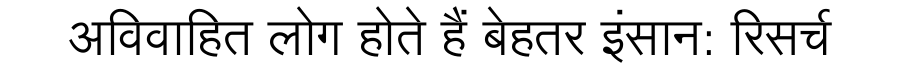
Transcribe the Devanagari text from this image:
अविवाहित लोग होते हैं बेहतर इंसान: रिसर्च